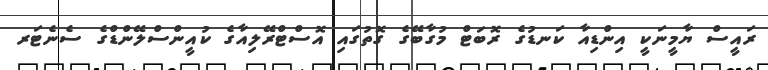
ރައީސް ޔާމީނަކީ އިންޑިއާ ކަނޑުގެ ރޮބަޓް މުގާބޭގެ ގޮތުގައި އޮސްޓްރޭލިއާގެ ކުއީންސްލޭންޑްގެ ސެނެޓަރ